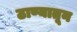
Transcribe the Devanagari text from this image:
ठाण्यातून